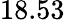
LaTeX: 18.53